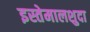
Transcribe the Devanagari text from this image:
इस्तेमालशुदा